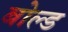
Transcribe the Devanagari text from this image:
बोल्‍ड